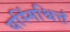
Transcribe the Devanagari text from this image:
यस्मिंश्चित्तं